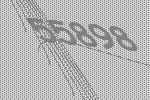
55898